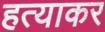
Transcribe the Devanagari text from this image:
हत्याकर